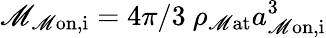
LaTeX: {\mathscr{M}_{\mathrm{{\mathscr{M}on,i}}}=4\pi/3\ \rho_{\mathrm{{\mathscr{M}at}}}a_{\mathrm{{\mathscr{M}on,i}}}^{3}}